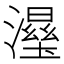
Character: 𱩥